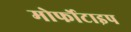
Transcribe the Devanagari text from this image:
मोर्फोटाइप